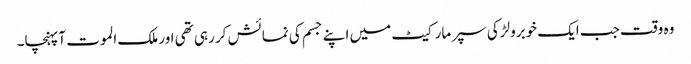
وہ وقت جب ایک خوبرولڑکی سپر مارکیٹ میں اپنے جسم کی نمائش کر رہی تھی اور ملک الموت آپہنچا۔